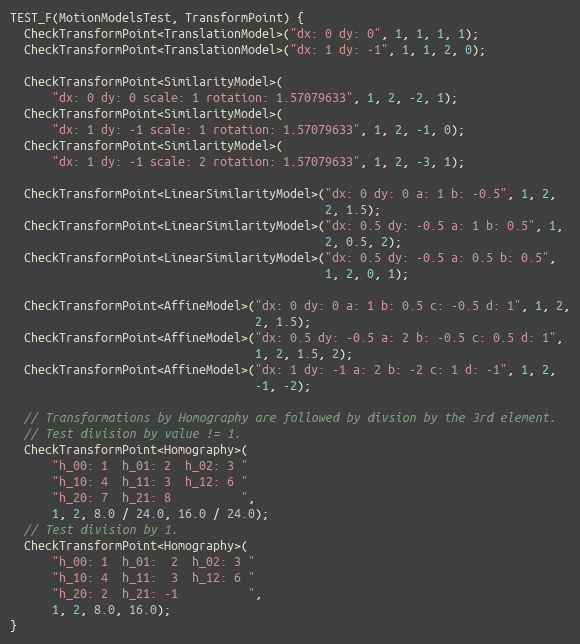
Language: C++
TEST_F(MotionModelsTest, TransformPoint) {
  CheckTransformPoint<TranslationModel>("dx: 0 dy: 0", 1, 1, 1, 1);
  CheckTransformPoint<TranslationModel>("dx: 1 dy: -1", 1, 1, 2, 0);

  CheckTransformPoint<SimilarityModel>(
      "dx: 0 dy: 0 scale: 1 rotation: 1.57079633", 1, 2, -2, 1);
  CheckTransformPoint<SimilarityModel>(
      "dx: 1 dy: -1 scale: 1 rotation: 1.57079633", 1, 2, -1, 0);
  CheckTransformPoint<SimilarityModel>(
      "dx: 1 dy: -1 scale: 2 rotation: 1.57079633", 1, 2, -3, 1);

  CheckTransformPoint<LinearSimilarityModel>("dx: 0 dy: 0 a: 1 b: -0.5", 1, 2,
                                             2, 1.5);
  CheckTransformPoint<LinearSimilarityModel>("dx: 0.5 dy: -0.5 a: 1 b: 0.5", 1,
                                             2, 0.5, 2);
  CheckTransformPoint<LinearSimilarityModel>("dx: 0.5 dy: -0.5 a: 0.5 b: 0.5",
                                             1, 2, 0, 1);

  CheckTransformPoint<AffineModel>("dx: 0 dy: 0 a: 1 b: 0.5 c: -0.5 d: 1", 1, 2,
                                   2, 1.5);
  CheckTransformPoint<AffineModel>("dx: 0.5 dy: -0.5 a: 2 b: -0.5 c: 0.5 d: 1",
                                   1, 2, 1.5, 2);
  CheckTransformPoint<AffineModel>("dx: 1 dy: -1 a: 2 b: -2 c: 1 d: -1", 1, 2,
                                   -1, -2);

  // Transformations by Homography are followed by divsion by the 3rd element.
  // Test division by value != 1.
  CheckTransformPoint<Homography>(
      "h_00: 1  h_01: 2  h_02: 3 "
      "h_10: 4  h_11: 3  h_12: 6 "
      "h_20: 7  h_21: 8          ",
      1, 2, 8.0 / 24.0, 16.0 / 24.0);
  // Test division by 1.
  CheckTransformPoint<Homography>(
      "h_00: 1  h_01:  2  h_02: 3 "
      "h_10: 4  h_11:  3  h_12: 6 "
      "h_20: 2  h_21: -1          ",
      1, 2, 8.0, 16.0);
}